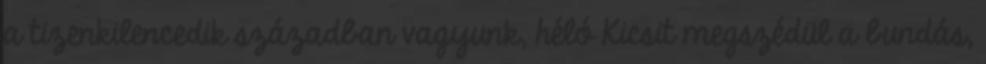
a tizenkilencedik században vagyunk, héló Kicsit megszédül a bundás,